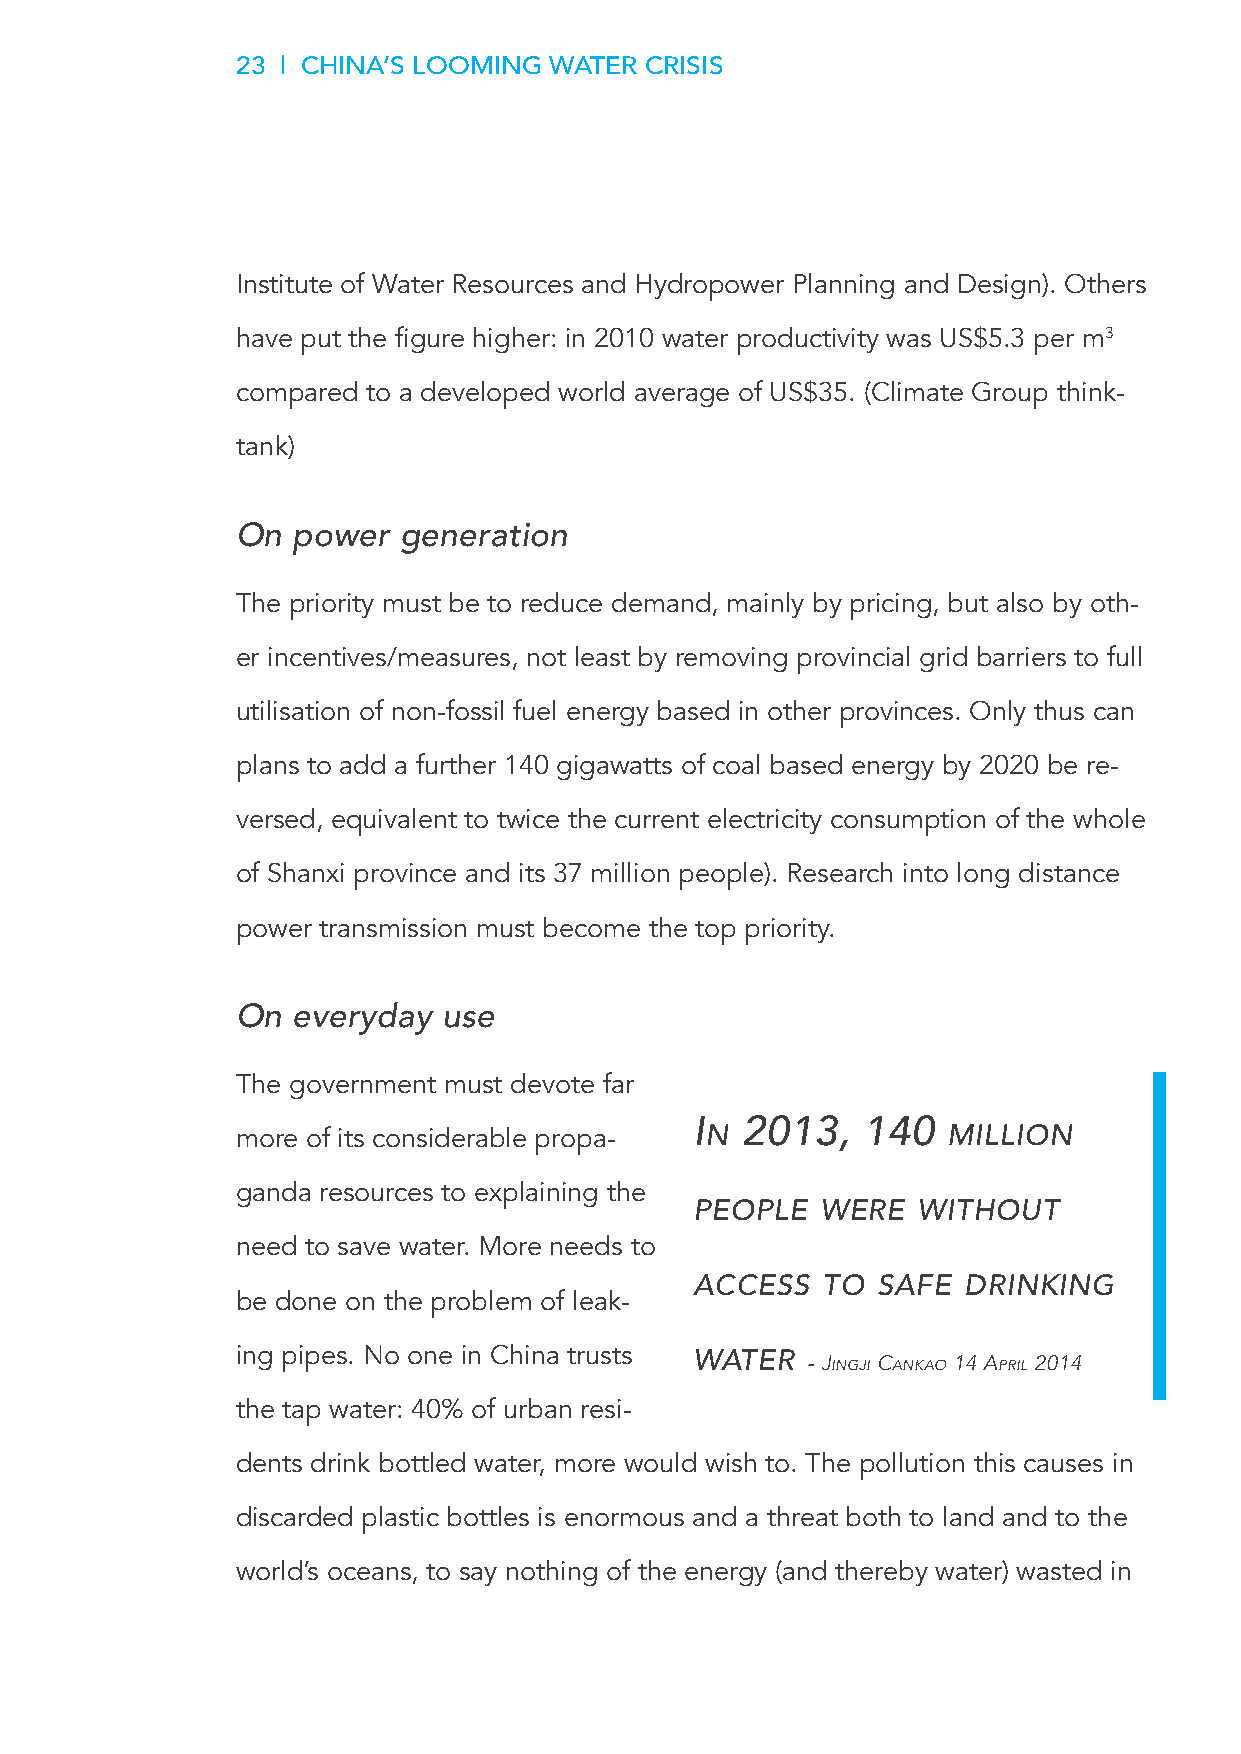
23 | CHINA’S LOOMING WATER CRISIS
 Institute of Water Resources and Hydropower Planning and Design). Others
 have put the figure higher: in 2010 water productivity was US$5.3 per m3
 compared to a developed world average of US$35. (Climate Group think-
 tank)
 On power   generation
 The priority must be to reduce demand, mainly by pricing, but also by oth-
 er incentives/measures, not least by removing provincial grid barriers to full
 utilisation of non-fossil fuel energy based in other provinces. Only thus can
 plans to add a further 140 gigawatts of coal based energy by 2020 be re-
 versed, equivalent to twice the current electricity consumption of the whole
 of Shanxi province and its 37 million people). Research into long distance
 power transmission must become the top priority.
 On everyday  use
 The government must devote far
 I  2013,   140
 more of its considerable propa- n              mIllIon
 ganda resources to explaining the
 PeoPle  Were   WIthout
 need to save water. More needs to
 acceSS  to  Safe  drInkIng
 be done on the problem of leak-
 ing pipes. No one in China trusts Water - JingJi Cankao 14 april 2014
 the tap water: 40% of urban resi-
 dents drink bottled water, more would wish to. The pollution this causes in
 discarded plastic bottles is enormous and a threat both to land and to the
 world’s oceans, to say nothing of the energy (and thereby water) wasted in